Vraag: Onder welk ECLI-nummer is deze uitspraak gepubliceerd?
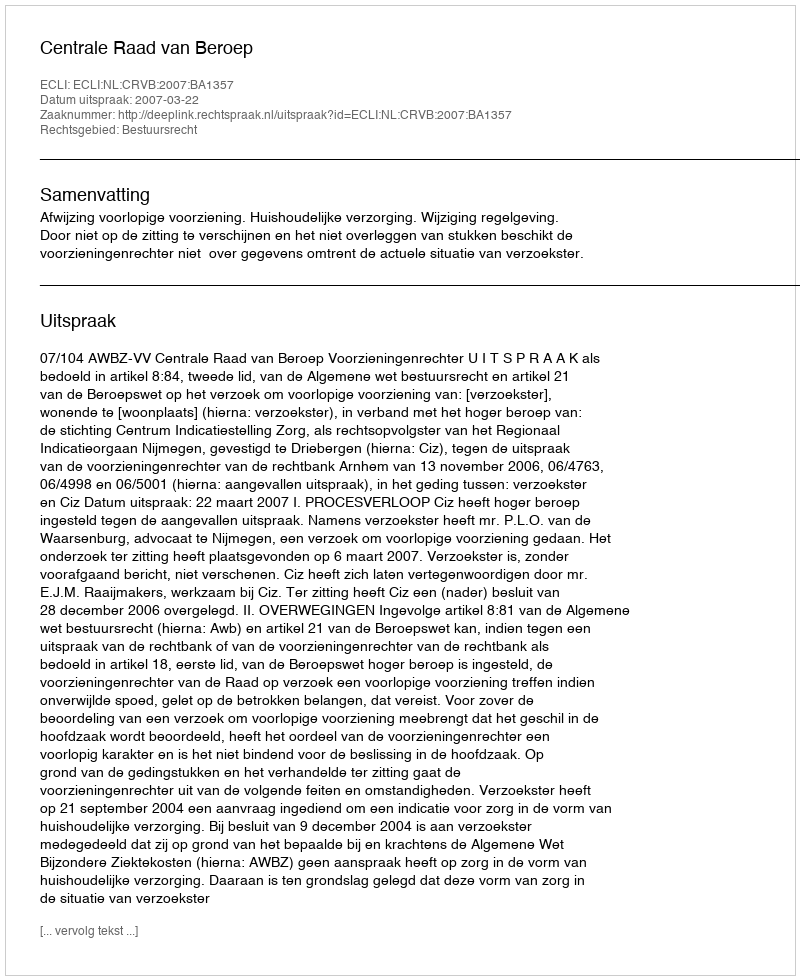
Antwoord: ECLI:NL:CRVB:2007:BA1357